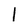
Character: 1